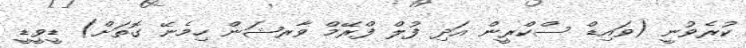
ކުރެވުނީ (ވައިޑް ސްކްރީން އަދި ފުލް ފްރޭމް ވާރޝަން ހިމެނޭ ގޮތަށް) ޑީވީޑީ